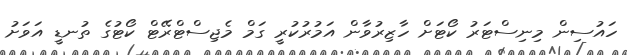
ހައުސިން މިނިސްޓަރު ކޯޓަށް ހާޒިރުވާން އަމުރުކުރީ ގަމް މެޖިސްޓްރޭޓް ކޯޓުގެ ތުނޑީ އަވަށު